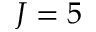
J = 5